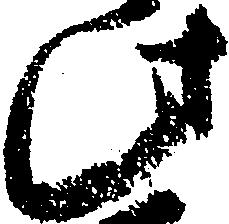
此